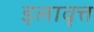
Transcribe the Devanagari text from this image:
इलावृत्त